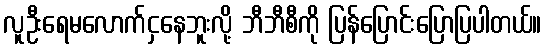
လူဦးရေမလောက်ငှနေဘူးလို့ ဘီဘီစီကို ပြန်ပြောင်းပြောပြပါတယ်။